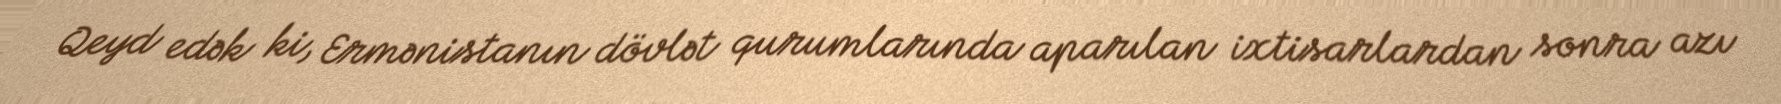
Qeyd edək ki, Ermənistanın dövlət qurumlarında aparılan ixtisarlardan sonra azı